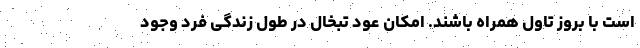
است با بروز تاول همراه باشند. امکان عود تبخال در طول زندگی فرد وجود